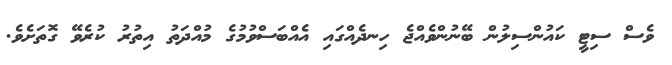
ވެސް ސިޓީ ކައުންސިލުން ބޭނުންވެއްޖެ ހިނދެއްގައި އެއްބަސްވުމުގެ މުއްދަތު އިތުރު ކުރެވޭ ގޮތަށެވެ.